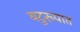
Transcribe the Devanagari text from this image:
बटुरूपात